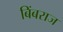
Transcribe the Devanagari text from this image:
बिंबराज